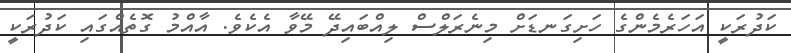
ކަދުރަކީ އަހަރެމެންގެ ހަށިގަނޑަށް މިނެރަލްސް ލިއްބައިދޭ މޭވާ އެކެވެ. އާއްމު ގޮތެއްގައި ކަދުރަކީ